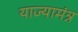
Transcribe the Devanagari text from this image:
याज्यामंत्र